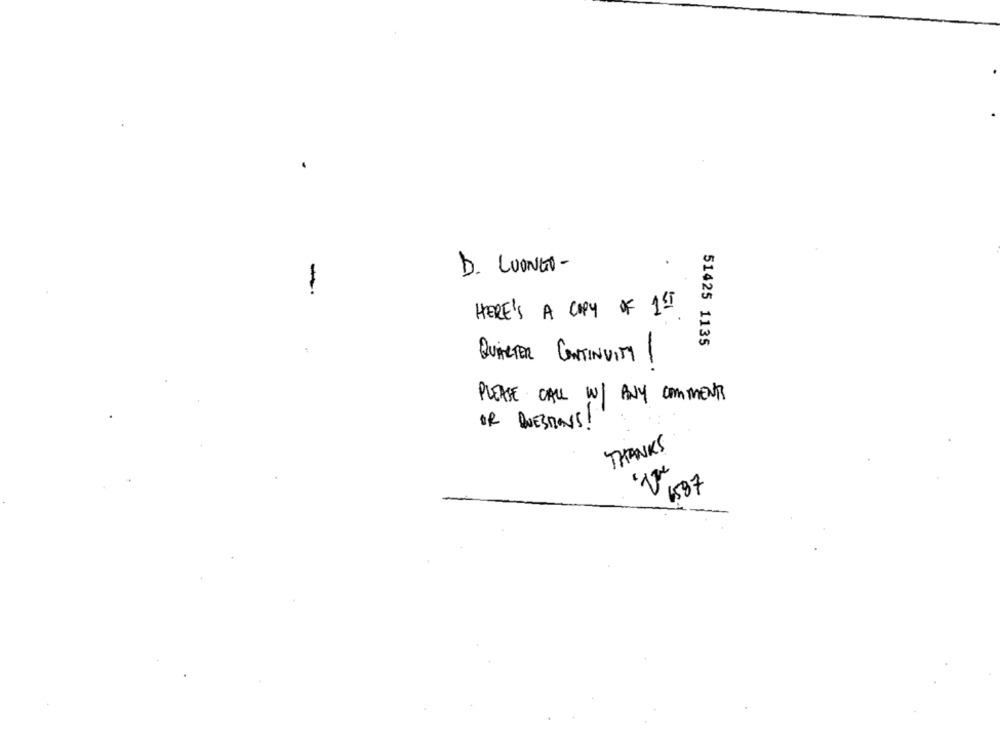
D. LUONGO-
-
HERE'S A COPY OF 1ST
51425 1135
QUARTER CONTINUITY
-
PLEASE CALL W/ ANY COMMENTS
OR QUESTIONS!
THANKS
1587